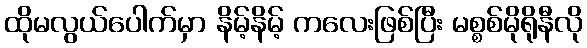
ထိုမလွယ်ပေါက်မှာ နိမ့်နိမ့် ကလေးဖြစ်ပြီး မစ္စစ်မိုရိုနီလို